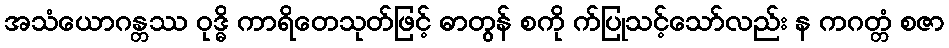
အသံယောဂန္တဿ ဝုဒ္ဓိ ကာရိတေသုတ်ဖြင့် ဓာတွန် စကို က်ပြုသင့်သော်လည်း န ကဂတ္တံ စဇာ